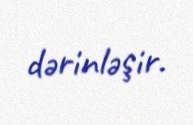
dərinləşir.